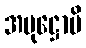
အပုဋ္ဌောပိ